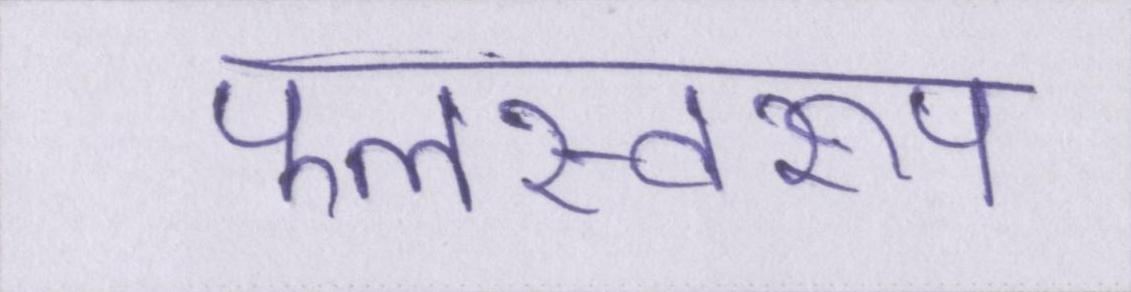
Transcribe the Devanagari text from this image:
फलस्वरूप